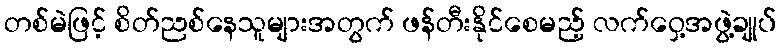
တစ်မဲဖြင့် စိတ်ညစ်နေသူများအတွက် ဖန်တီးနိုင်စေမည့် လက်ဝှေ့အဖွဲ့ချုပ်